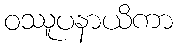
ဝဿူပနာယိကာ